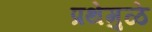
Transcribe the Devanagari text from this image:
प्रथेमुळे